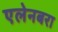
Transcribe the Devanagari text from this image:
एलेनबरा